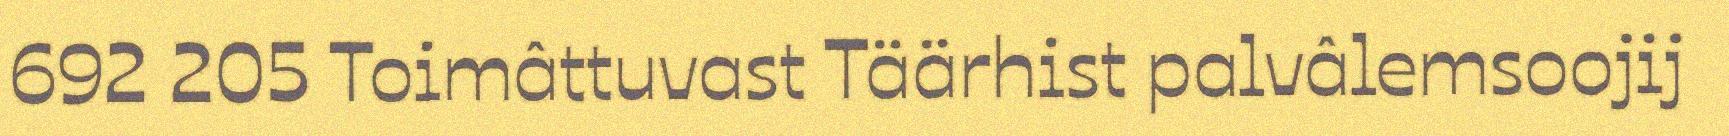
692 205 Toimâttuvast Täärhist palvâlemsoojij